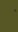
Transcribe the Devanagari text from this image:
ॱ